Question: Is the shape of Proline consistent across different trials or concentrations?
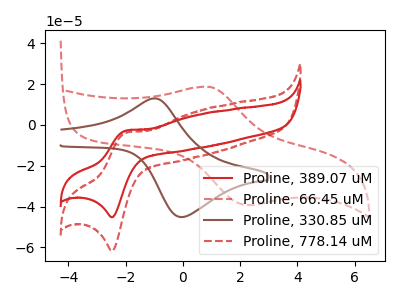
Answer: <think>The red curve "Proline, 389.07 uM" has an anodic peak at (-2.00V, -2.80uA) and a cathodic peak at (-2.45V, -45.15uA). The red dashed curve "Proline, 66.45 uM" has an anodic peak at (0.95V, 18.60uA) and a cathodic peak at (2.30V, -39.25uA). The brown curve "Proline, 330.85 uM" has an anodic peak at (-1.05V, 12.95uA) and a cathodic peak at (0.00V, -45.10uA). The red dashed curve "Proline, 778.14 uM" has an anodic peak at (-2.00V, -3.80uA) and a cathodic peak at (-2.45V, -61.60uA).
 "Proline, 389.07 uM" and "Proline, 66.45 uM" have at least one peak that do not match. "Proline, 389.07 uM" and "Proline, 330.85 uM" have at least one peak that do not match. All the peaks in "Proline, 389.07 uM" have a peak in "Proline, 778.14 uM" at the same potential. "Proline, 66.45 uM" and "Proline, 330.85 uM" have at least one peak that do not match. "Proline, 66.45 uM" and "Proline, 778.14 uM" have at least one peak that do not match. "Proline, 330.85 uM" and "Proline, 778.14 uM" have at least one peak that do not match.</think>
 <answer>All the CV's of "Proline" have similar shape.</answer>
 <eval>follow_rule</eval>